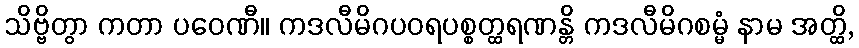
သိဗ္ဗိတွာ ကတာ ပဝေဏီ။ ကဒလီမိဂပဝရပစ္စတ္ထရဏန္တိ ကဒလီမိဂစမ္မံ နာမ အတ္ထိ,